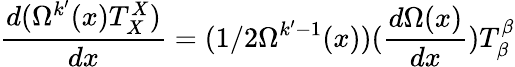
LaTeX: \frac{d(\Omega^{k^{\prime}}(x)T_{X}^{X})}{dx}=(1/2\Omega^{k^{\prime}-1}(x))(\frac{d\Omega(x)}{dx})T_{\beta}^{\beta}